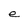
Character: e